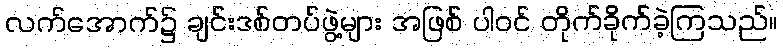
လက်အောက်၌ ချင်းဒစ်တပ်ဖွဲ့များ အဖြစ် ပါဝင် တိုက်ခိုက်ခဲ့ကြသည်။